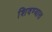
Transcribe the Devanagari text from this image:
शिवण्यास